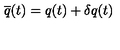
\overline { { q } } ( t ) = q ( t ) + \delta q ( t )